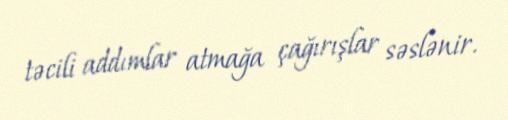
təcili addımlar atmağa çağırışlar səslənir.